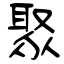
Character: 聚